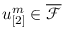
u _ { [ 2 ] } ^ { m } \in \overline { { \mathcal { F } } }